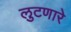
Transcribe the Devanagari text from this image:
लुटणारे